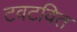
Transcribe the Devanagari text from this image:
टवटवित